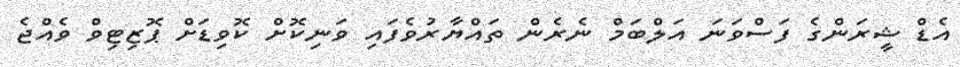
އެޑް ޝީރަންގެ ފަސްވަނަ އަލްބަމް ނެރެން ތައްޔާރުވެފައި ވަނިކޮށް ކޮވިޑަށް ޕޮޒިޓިވް ވެއްޖެ